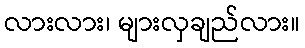
လားလား၊ များလှချည်လား။